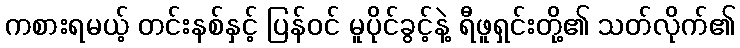
ကစားရမယ့် တင်းနစ်နှင့် ပြန်ဝင် မူပိုင်ခွင့်နဲ့ ရီဖူရှင်းတို့၏ သတ်လိုက်၏